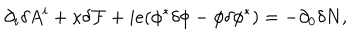
LaTeX: \partial _ { i } \delta A ^ { i } + \kappa { \cal \delta F } + i e ( \phi ^ { * } \delta \phi - \phi \delta \phi ^ { * } ) = - \partial _ { 0 } \delta N ,